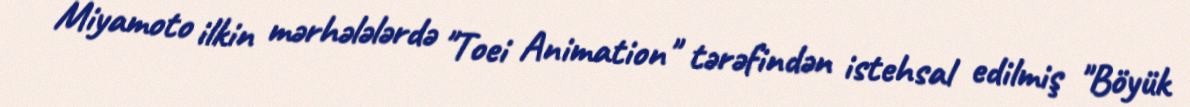
Miyamoto ilkin mərhələlərdə "Toei Animation" tərəfindən istehsal edilmiş "Böyük